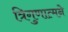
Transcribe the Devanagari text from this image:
त्रिगुणात्मने